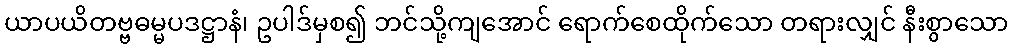
ယာပယိတဗ္ဗဓမ္မပဒဋ္ဌာနံ၊ ဥပါဒ်မှစ၍ ဘင်သို့ကျအောင် ရောက်စေထိုက်သော တရားလျှင် နီးစွာသော